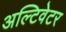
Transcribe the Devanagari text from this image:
अल्टिवेटर